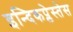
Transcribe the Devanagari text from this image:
इन्दिकप्लेस्तेस